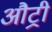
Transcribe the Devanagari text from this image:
औट्री